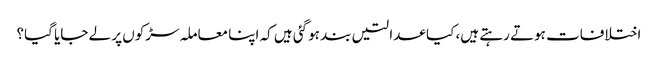
اختلافات ہوتے رہتے ہیں، کیا عدالتیں بند ہوگئی ہیں کہ اپنا معاملہ سڑکوں پر لے جایا گیا؟